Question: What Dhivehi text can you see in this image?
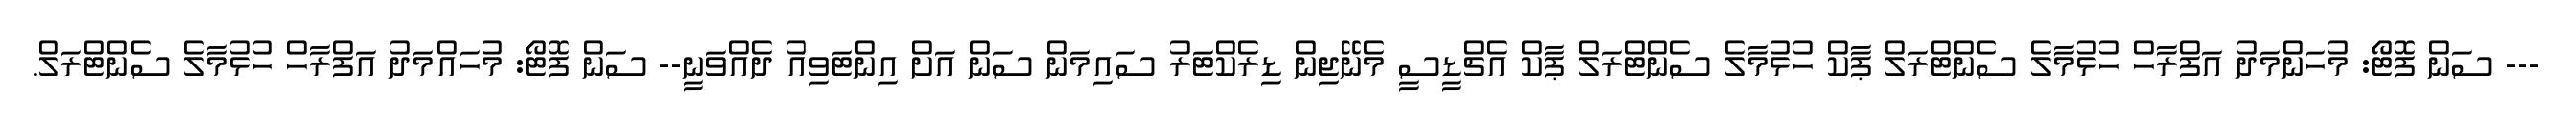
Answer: --- ސަން ފޮޓޯ: މުހަންމަދު އަފްރާހް ހުޅުމާލެ ސެންޓްރަލް ޕާކް ހުޅުމާލެ ސެންޓްރަލް ޕާކް އެޗްޑީސީ މެނޭޖިން ޑިރެކްޓަރު ސައިމަން ސަން އަށް އިންޓަވިއު ދެއްވަނީ-- ސަން ފޮޓޯ: މުހައްމަދު އަފްރާހް ހުޅުމާލެ ސެންޓްރަލް.